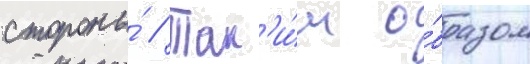
стороны́ // Так'и́м о́бразом